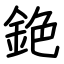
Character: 銫